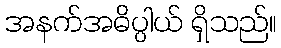
အနက်အဓိပ္ပါယ် ရှိသည်။